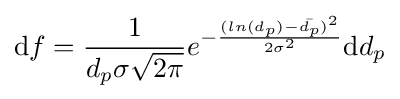
\mathrm {d} f={\frac {1}{d_{p}\sigma {\sqrt {2\pi }}}}e^{-{\frac {(ln(d_{p})-{\bar {d_{p}}})^{2}}{2\sigma ^{2}}}}\mathrm {d} d_{p}